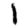
Digit: 1